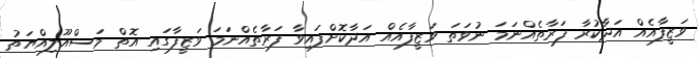
ވަޒީފާއެއް އަދާކުރާ ފަރާތެއްނަމަ ނުވަތަ ވަޒީފާއެއް އަދާކޮށްފައިވާ ފަރާތެއްނަމަ ވަޒީފާގައި އޮތް މަސްއޫލިއްޔަތު